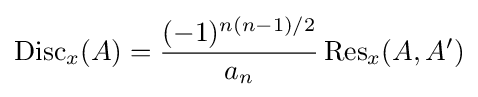
\operatorname {Disc} _{x}(A)={\frac {(-1)^{n(n-1)/2}}{a_{n}}}\operatorname {Res} _{x}(A,A')